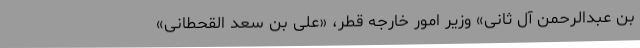
بن عبدالرحمن آل ثانی»‌ وزیر امور خارجه قطر، «علی بن سعد القحطانی»